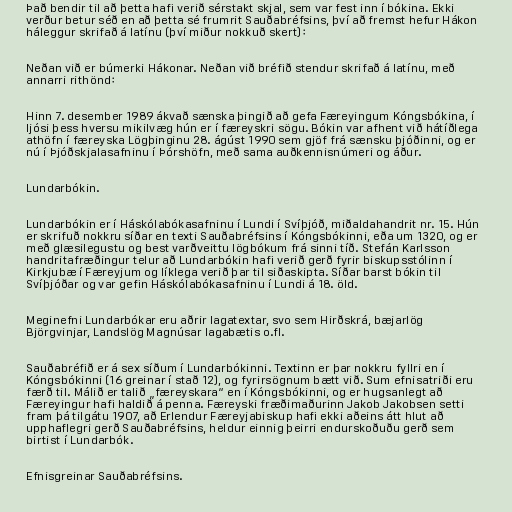
Það bendir til að þetta hafi verið sérstakt skjal, sem var fest inn í bókina. Ekki
verður betur séð en að þetta sé frumrit Sauðabréfsins, því að fremst hefur Hákon
háleggur skrifað á latínu (því miður nokkuð skert):

Neðan við er búmerki Hákonar. Neðan við bréfið stendur skrifað á latínu, með
annarri rithönd:

Hinn 7. desember 1989 ákvað sænska þingið að gefa Færeyingum Kóngsbókina, í
ljósi þess hversu mikilvæg hún er í færeyskri sögu. Bókin var afhent við hátíðlega
athöfn í færeyska Lögþinginu 28. ágúst 1990 sem gjöf frá sænsku þjóðinni, og er
nú í Þjóðskjalasafninu í Þórshöfn, með sama auðkennisnúmeri og áður.

Lundarbókin.

Lundarbókin er í Háskólabókasafninu í Lundi í Svíþjóð, miðaldahandrit nr. 15. Hún
er skrifuð nokkru síðar en texti Sauðabréfsins í Kóngsbókinni, eða um 1320, og er
með glæsilegustu og best varðveittu lögbókum frá sinni tíð. Stefán Karlsson
handritafræðingur telur að Lundarbókin hafi verið gerð fyrir biskupsstólinn í
Kirkjubæ í Færeyjum og líklega verið þar til siðaskipta. Síðar barst bókin til
Svíþjóðar og var gefin Háskólabókasafninu í Lundi á 18. öld.

Meginefni Lundarbókar eru aðrir lagatextar, svo sem Hirðskrá, bæjarlög
Björgvinjar, Landslög Magnúsar lagabætis o.fl.

Sauðabréfið er á sex síðum í Lundarbókinni. Textinn er þar nokkru fyllri en í
Kóngsbókinni (16 greinar í stað 12), og fyrirsögnum bætt við. Sum efnisatriði eru
færð til. Málið er talið „færeyskara“ en í Kóngsbókinni, og er hugsanlegt að
Færeyingur hafi haldið á penna. Færeyski fræðimaðurinn Jakob Jakobsen setti
fram þá tilgátu 1907, að Erlendur Færeyjabiskup hafi ekki aðeins átt hlut að
upphaflegri gerð Sauðabréfsins, heldur einnig þeirri endurskoðuðu gerð sem
birtist í Lundarbók.

Efnisgreinar Sauðabréfsins.